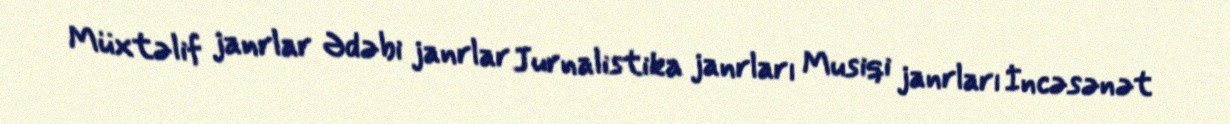
Müxtəlif janrlar Ədəbi janrlar Jurnalistika janrları Musiqi janrları İncəsənət